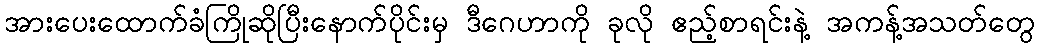
အားပေးထောက်ခံကြိုဆိုပြီးနောက်ပိုင်းမှ ဒီဂေဟာကို ခုလို ဧည့်စာရင်းနဲ့ အကန့်အသတ်တွေ